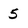
Character: 5